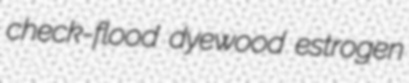
check-flood dyewood estrogen